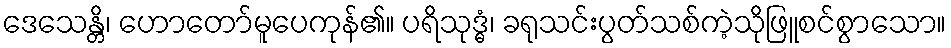
ဒေသေန္တိ၊ ဟောတော်မူပေကုန်၏။ ပရိသုဒ္ဓံ၊ ခရုသင်းပွတ်သစ်ကဲ့သိုဖြူစင်စွာသော။